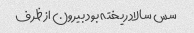
سس سالاد ریخته بود بیرون از ظرف